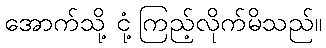
အောက်သို့ ငုံ့ကြည့်လိုက်မိသည်။